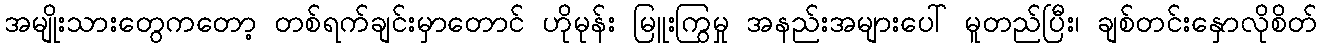
အမျိုးသားတွေကတော့ တစ်ရက်ချင်းမှာတောင် ဟိုမုန်း မြူးကြွမှု အနည်းအများပေါ် မူတည်ပြီး၊ ချစ်တင်းနှောလိုစိတ်